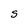
Character: S